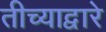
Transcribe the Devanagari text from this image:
तीच्याद्वारे